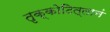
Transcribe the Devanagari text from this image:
तृक्कोटित्तानं